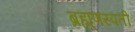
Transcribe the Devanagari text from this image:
ब्रह्मणस्पती